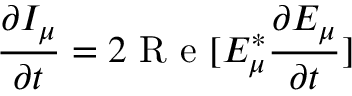
\frac { \partial I _ { \mu } } { \partial t } = 2 \textrm { R e } [ E _ { \mu } ^ { * } \frac { \partial E _ { \mu } } { \partial t } ]